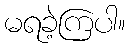
မရခဲ့ကြပါ။